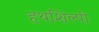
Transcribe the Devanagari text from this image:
हथशिल्पी